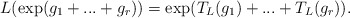
\begin{align*} L(\exp(g_1 + ... + g_r)) = \exp(T_L(g_1) + ... + T_L(g_r)).\end{align*}